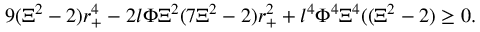
9 ( \Xi ^ { 2 } - 2 ) r _ { + } ^ { 4 } - 2 l \Phi \Xi ^ { 2 } ( 7 \Xi ^ { 2 } - 2 ) r _ { + } ^ { 2 } + l ^ { 4 } \Phi ^ { 4 } \Xi ^ { 4 } ( ( \Xi ^ { 2 } - 2 ) \geq 0 .